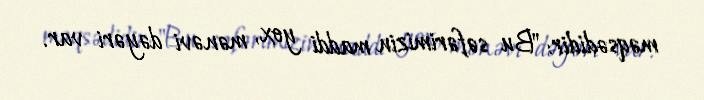
məqsədidir: "Bu səfərimizin maddi yox, mənəvi dəyəri var.